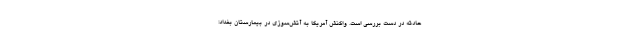
حادثه در دست بررسی است. واکنش آمریکا به آتش‌سوزی در بیمارستان بغداد: